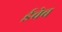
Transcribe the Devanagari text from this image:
ईचेब